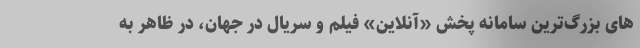
های بزرگ‌ترین سامانه پخش «آنلاین» فیلم و سریال در جهان، در ظاهر به